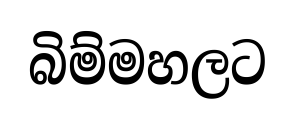
බිම්මහලට